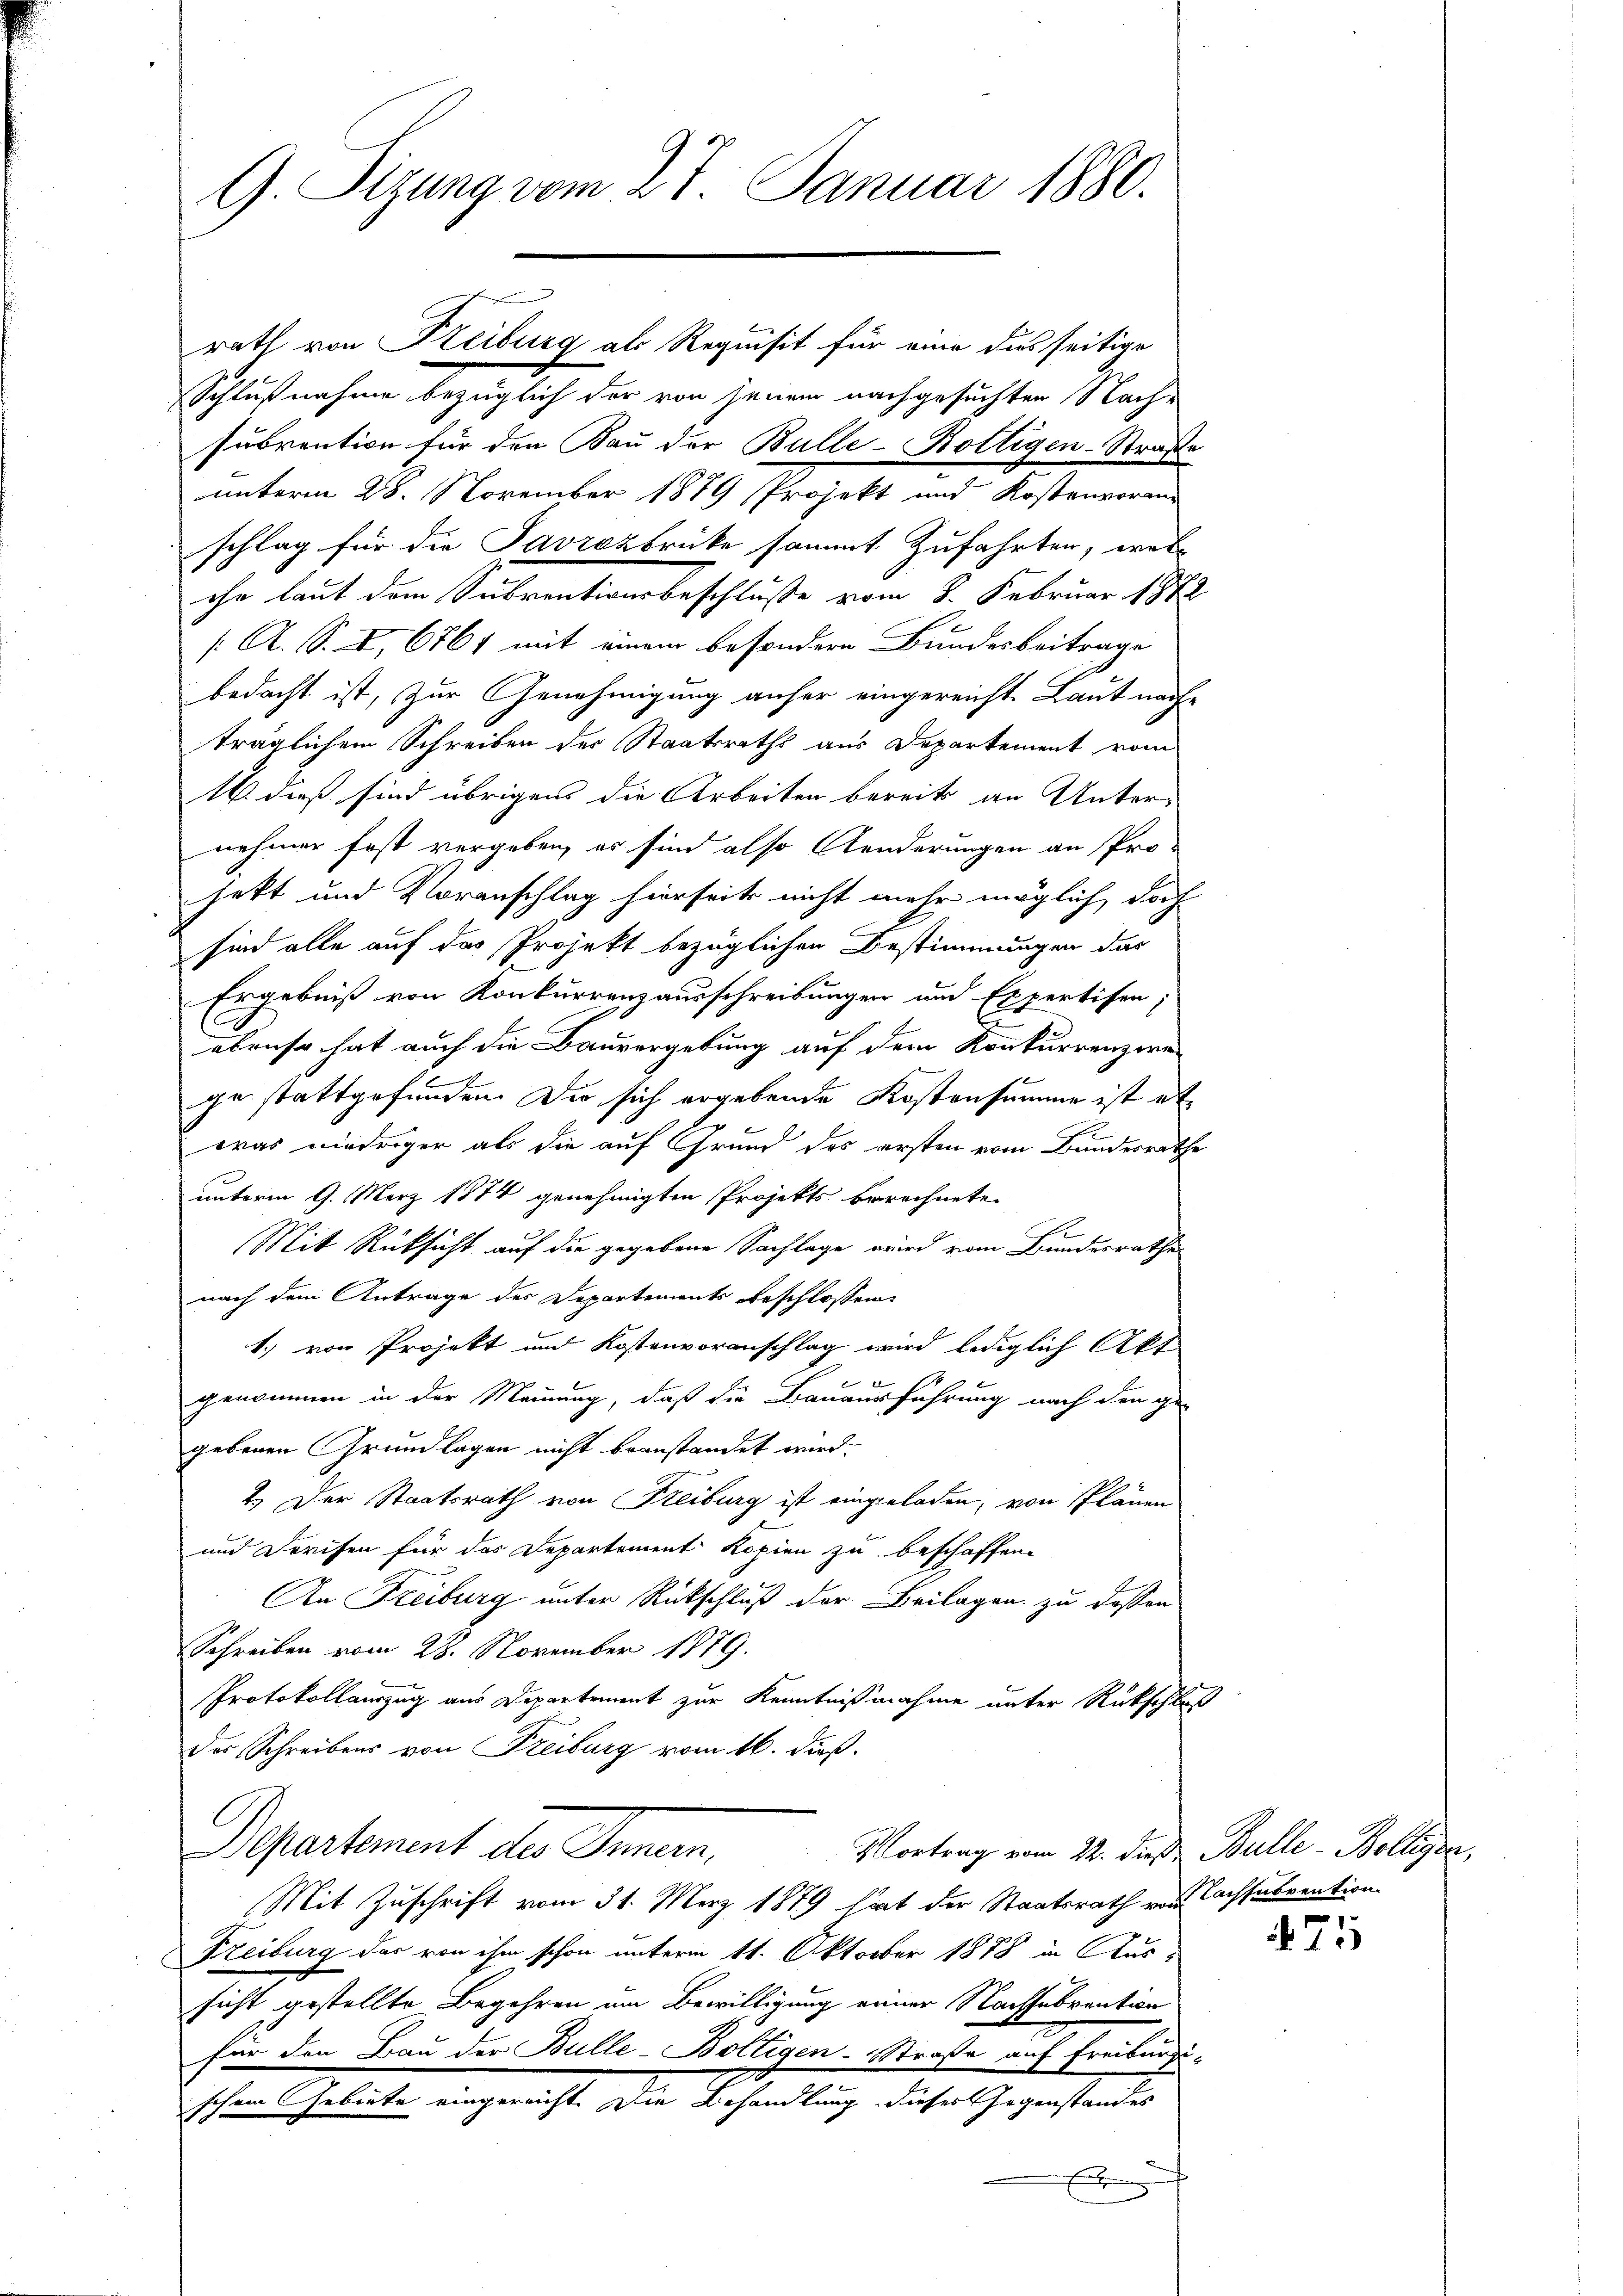
G Sizung vom 27. Januar 1880.

Schlußnahme bezüglich der von jenem nachgesuchten Nach-
subvention für den Bau der Bulle-Boltigen-Straße
unterm 28. November 1879 Projekt und Kostenvoran
schlag für die Savrozbrücke sammt zufahrten, wel
ihr laut dem Subventionsbeschluße vom 8. Februar 1872
[ A. S. X, 6761 mit einem besondere Bundesbeitrage
bedacht ist, zur Genehmigung anher eingereicht. Laut nach-
träglichem Schreiben des Staatsraths aus Departement vom
16. dieß sind übrigen die Arbeiten bereits an Unternehmer fast vergeben, es sind also Aenderungen an Pro-
sett und Voranschlag hierseits nicht mehr möglich, doch
sind alle auf das Projekt bezüglichen Bestimmungen das
Ergebniß von Konkurrenzausschreibungen und Expertisen;
ebenso hat auch die Bauvergebung auf dem Konkurrenzwe
ge stattgefunden. Die sich ergebende Kostensumme ist et
wras niedriger als die auf Grund des ersten vom Bundesrathe
unterm 9. März 1874 genehmigten Projekts berechnete.
Mit Rücksicht auf die gegebene Sachlage wird vom Bundesrathe
nach dem Antrage des Departements beschlossen
1.) von Projekt und Kostenvoranschlag wird lediglich Akt
e
genommen in der Meinung, daß die Bauausführung nach den ge-
gebenen Grundlagen nicht beanstandet wird.
2.) Der Staatsrath von Freiburg ist eingeladen, von Plänen
und Dreifen für das Departement Kopien zu beschaffene
An Freiburg unter Rückschluß der Beilagen zu dessen
Schreiben vom 28. November 1879.
Protokollauszug aus Departement zur Kenntnißnahme unter Rückschluß
des Schreibens von Freiburg vom 16. dieß.
Departement des Innern,
Vortrag vom 22. dieß Bulle-Bolliger,
Mit Zuschrift vom 31. März 1879 hat der Staatsrath von Lachsubvention
Freiburg das von ihm schon unterm 11. Oktober 1878 in Aussicht gestellte Begehren am Bewilligung einer Nachsubvention
für den Bau der Bulle-Boltigen-Straße auf Freiburgischen Schelicte, eingericht, die Behandlung dieser Gegenstanden
x

rath von Freiburg als Requisit für eine dies seitige

475